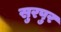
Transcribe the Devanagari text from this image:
सुरपुर